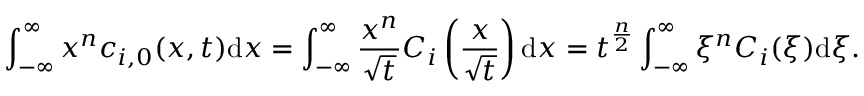
\int _ { - \infty } ^ { \infty } x ^ { n } c _ { i , 0 } ( x , t ) \mathrm { d } x = \int _ { - \infty } ^ { \infty } \frac { x ^ { n } } { \sqrt { t } } C _ { i } \left( \frac { x } { \sqrt { t } } \right) \mathrm { d } x = t ^ { \frac { n } { 2 } } \int _ { - \infty } ^ { \infty } \xi ^ { n } C _ { i } ( \xi ) \mathrm { d } \xi .